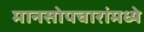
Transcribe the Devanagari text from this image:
मानसोपचारांमध्ये